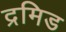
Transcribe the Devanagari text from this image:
द्रमिड